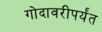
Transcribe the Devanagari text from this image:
गोदावरीपर्यंत